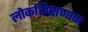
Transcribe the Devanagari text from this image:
लोकशिक्षणाचा